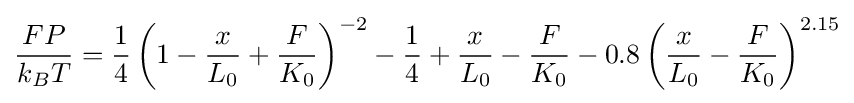
{\frac {FP}{k_{B}T}}={\frac {1}{4}}\left(1-{\frac {x}{L_{0}}}+{\frac {F}{K_{0}}}\right)^{-2}-{\frac {1}{4}}+{\frac {x}{L_{0}}}-{\frac {F}{K_{0}}}-0.8\left({\frac {x}{L_{0}}}-{\frac {F}{K_{0}}}\right)^{2.15}